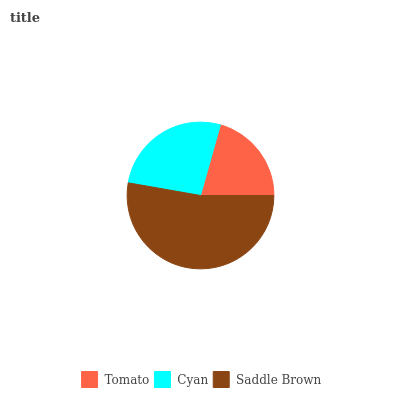
| Tomato | Cyan | Saddle Brown |
 | --- | --- | --- |
 | 20.7% | 26.6% | 52.8% |